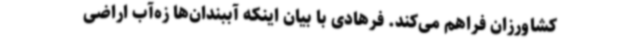
کشاورزان فراهم‌ می‌کند. فرهادی با بیان اینکه آببندان‌ها زه‌آب اراضی